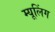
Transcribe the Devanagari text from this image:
म्यूलिंग